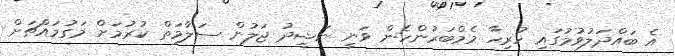
އެ ބައްދަލުވުމުގައި ހުރިހާ މެމްބަރުންހެން ވަނީ ނަޝީދު ޖަލުން ސަލާމަތް ކުރުމަށް މަގުމައްޗަށް